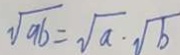
\sqrt { 9 6 } = \sqrt { a } \cdot \sqrt { b }